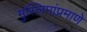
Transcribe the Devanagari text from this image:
मुस्लिमांप्रमाणे